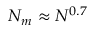
N _ { m } \approx N ^ { 0 . 7 }